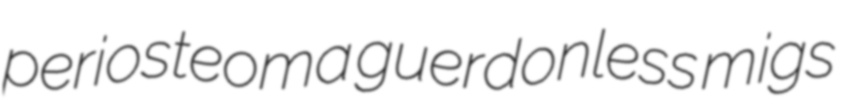
periosteoma guerdonless migs